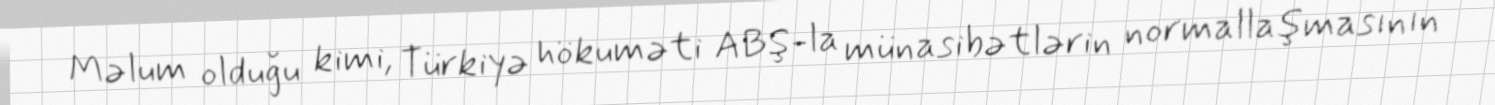
Məlum olduğu kimi, Türkiyə hökuməti ABŞ-la münasibətlərin normallaşmasının